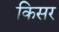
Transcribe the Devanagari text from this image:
किसर